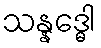
သန္နဒ္ဓေါ